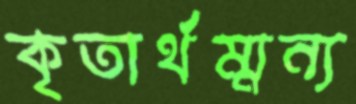
কৃতার্থম্মন্য